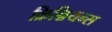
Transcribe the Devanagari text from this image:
क्रिश्चियन्स